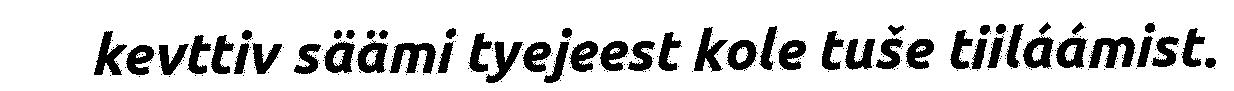
kevttiv säämi tyejeest kole tuše tiiláámist.